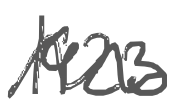
Text: 1923
Cross-out: wave
Writing tool: digital_gray